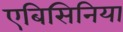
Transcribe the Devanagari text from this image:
एबिसिनिया